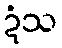
ဍံသ